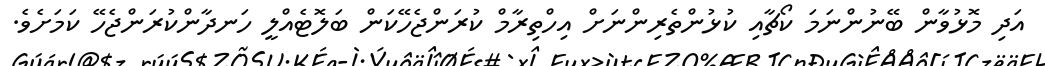
އަދި މޮޅުވާން ބޭނުންނަމަ ކޯޗާއި ކުޅުންތެރިންނަށް އިހްތިރާމް ކުރަންޖެހޭކަން ބަލޮޓެއްލީ ހަނދާންކުރަންޖެހޭ ކަމަށެވެ.